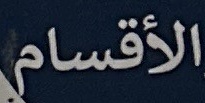
الأقسام